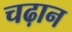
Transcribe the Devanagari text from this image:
चढ़ान